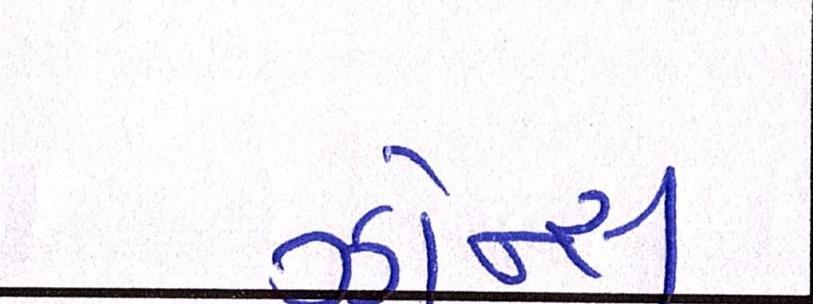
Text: ઝોન્સ